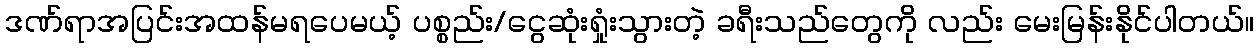
ဒဏ်ရာအပြင်းအထန်မရပေမယ့် ပစ္စည်း/ငွေဆုံးရှုံးသွားတဲ့ ခရီးသည်တွေကို လည်း မေးမြန်းနိုင်ပါတယ်။